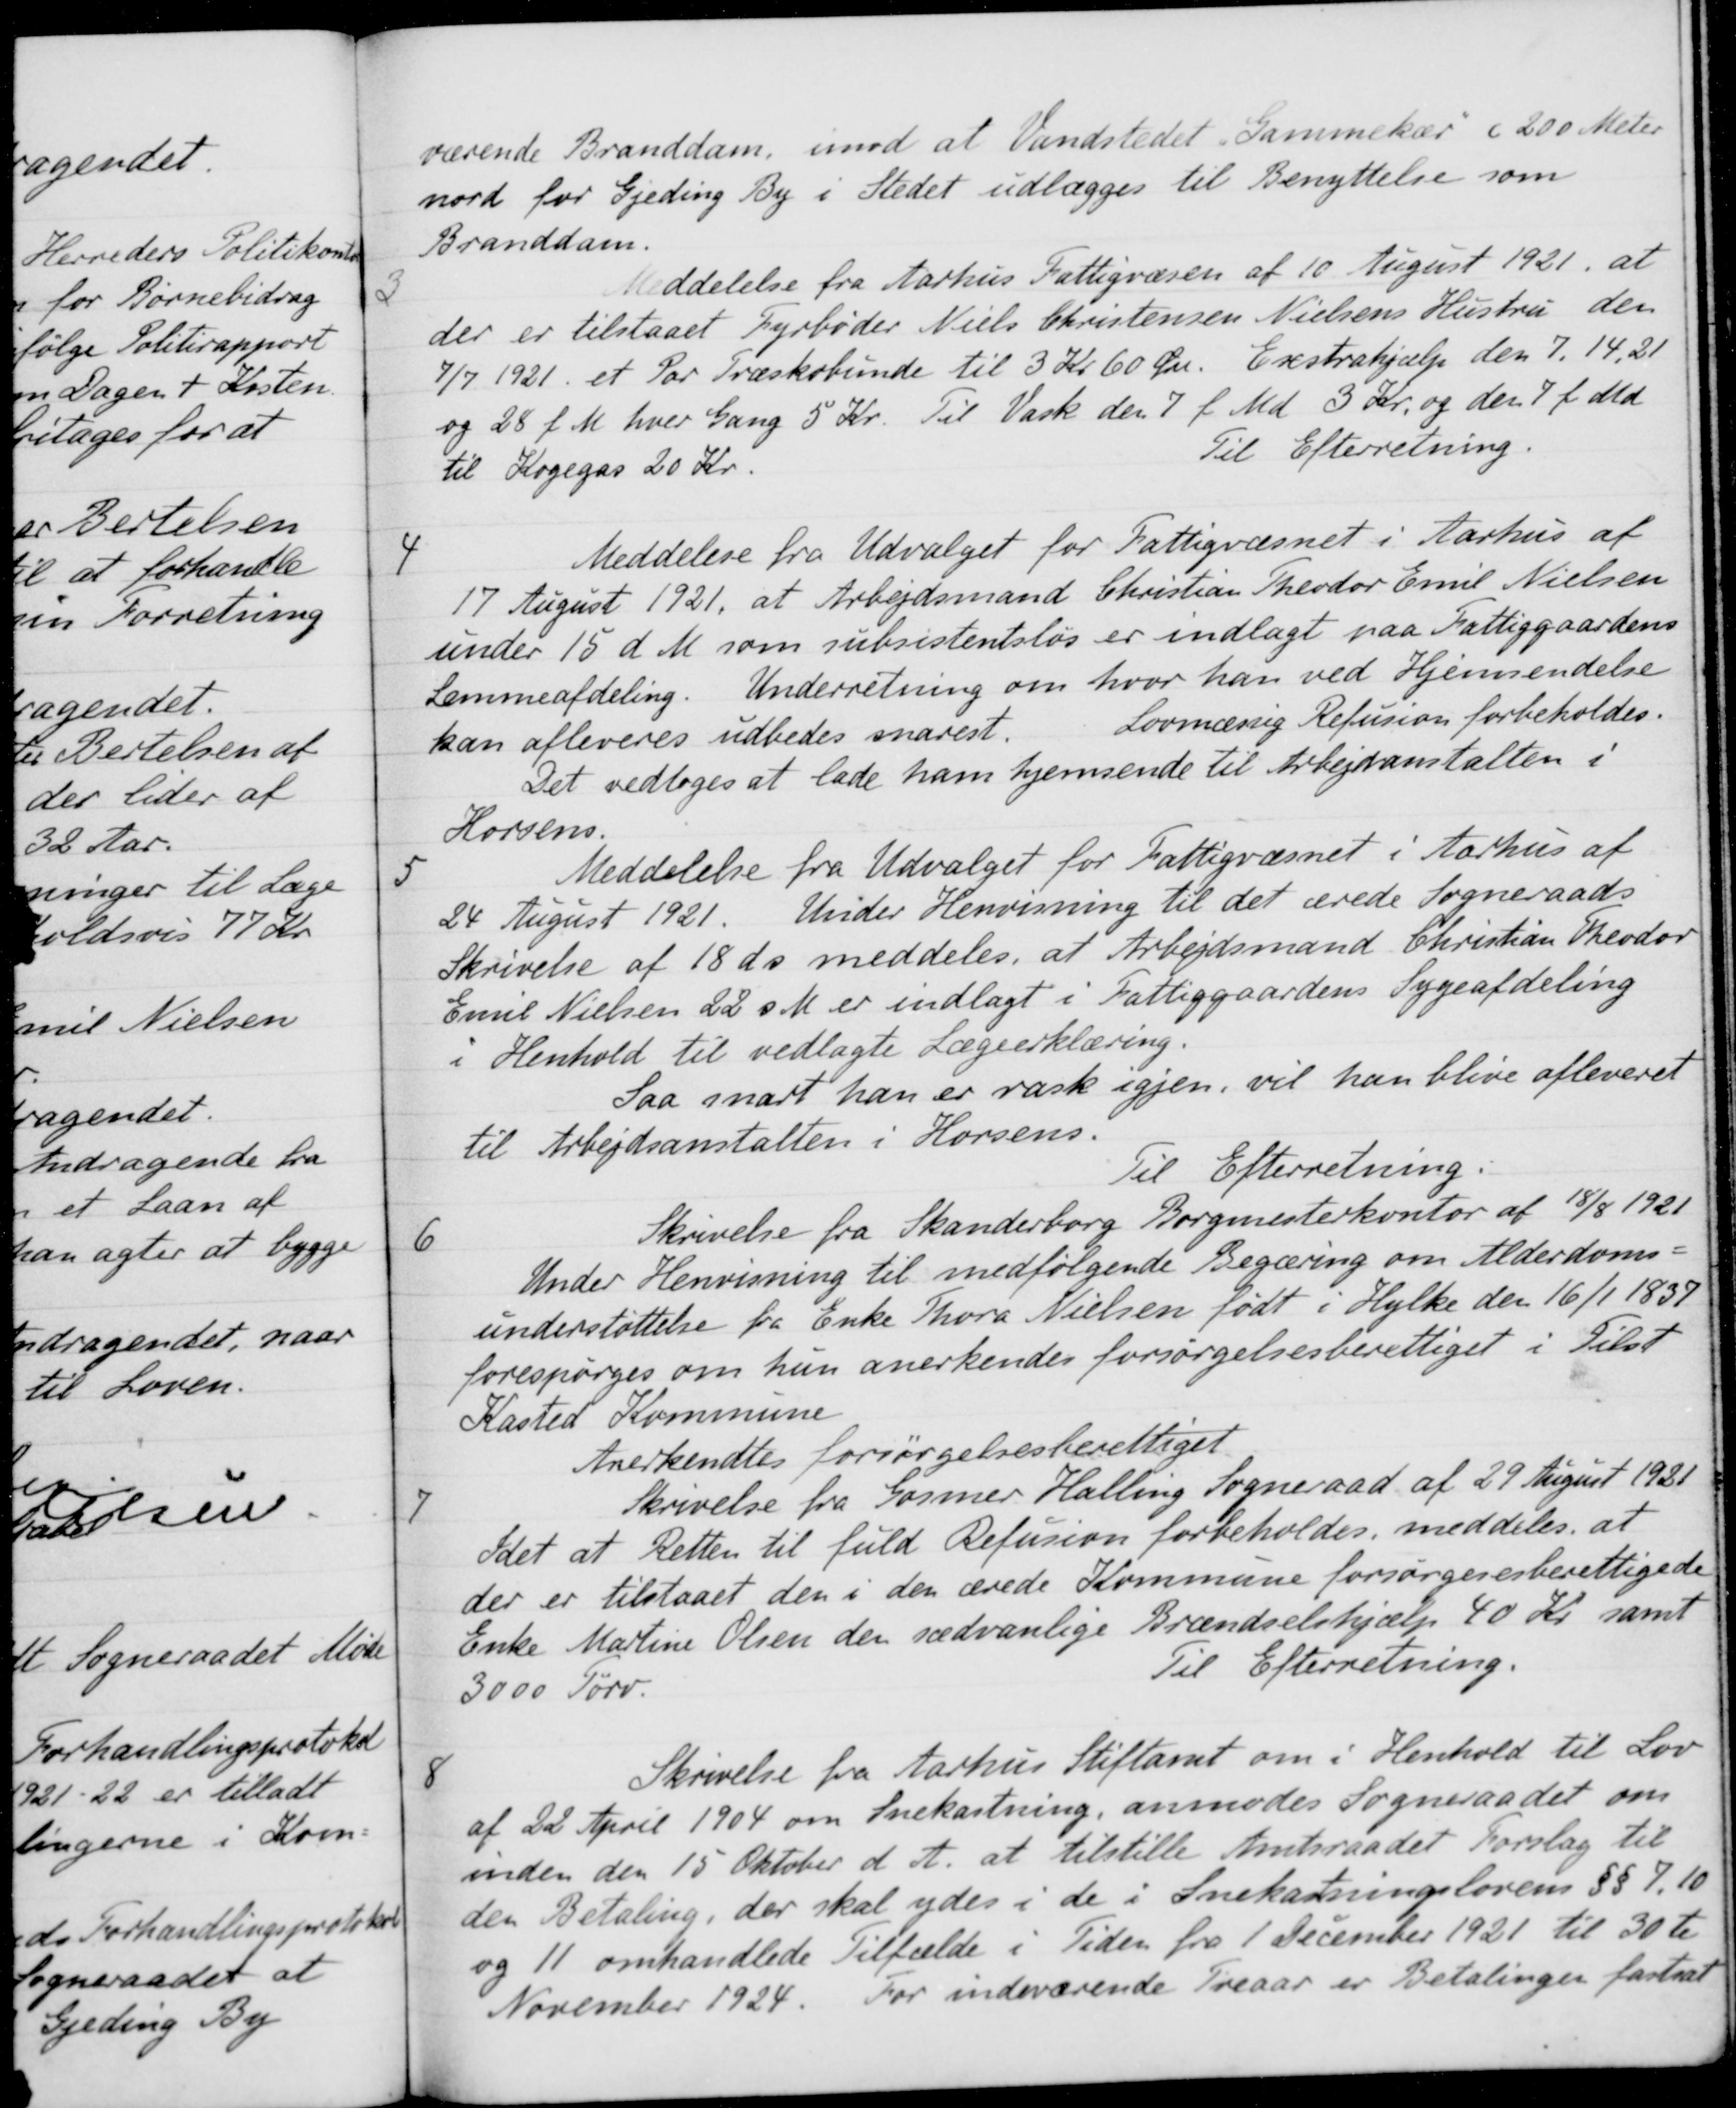
Transskription:
værende Branddam, imod at Vandstedet Sammekær c 200 Meter
nord for Gjeding By i Stedet udlægges til Benyttelse som
Branddam.
3
Meddelelse fra Aarhus Fattigvæsen af 10 August 1921, at
der er tilstaaet Fyrbøder Niels Christensen Nielsens Hustru den
9/7 1921 et Par Træskobunde til 3 Kr 60 Øre. Erstrahjælp den 7, 14,21
og 28 f. M hver Gang 5 Kr. Til Vask den 7 f. Md. 3 Kr. og den 7 f. Md.
til Kogegas 20 Kr.
Til Efterretning.
4
Meddelese fra Udvalget for Fattigvæsnet i Aarhus af
17 August 1921, at Arbejdsmand Christian Theodor Emil Nielsen
under 15 d. M. som subsistentsløs er indlagt paa Fattiggaardens
Lemmeafdeling. Underretning om hvor han ved Hjemsendelse
kan afleveres udbedes snarest.
Lovmæssig Refusion forbeholdes.
Det vedtoges at lade ham hjemsende til Arbejdsanstalten i
Horsens.
5
Meddelelse fra Udvalget for Fattigvæsnet i Aarhus af
24 August 1921. Under Henvisning til det ærede Sogneraads
Skrivelse af 18 ds meddeles, at Arbejdsmand Christian Theodor
Emil Nielsen 22 s. M. er indlagt i Fattiggaardens Sygeafdeling
i Henhold til vedlagte Lægeerklæring.
Saa snart han er rask igjen, vil han blive afleveret
til Arbejdsanstalten i Horsens.
Til Efterretning.
6
Skrivelse fra Skanderborg Borgmesterkontor af 18/8 1921
Under Henvisning til medfølgende Begæring om Alderdoms-
understøttelse fra Enke Thora Nielsen født i Hylke den 16/1 1839
forespørges om hun anerkendes forsørgelsesberettiget i Tilst
Kasted Kommune
Anerkendtes forsørgelsesberettiget
7
Skrivelse fra Gosmer Halling Sogneraad af 29 August 1921
Idet at Retten til fuld Refusion forbeholdes, meddeles, at
der er tilstaaet den i den ærede Kommune forsørgesesberettigede
Enke Martine Olsen den sædvanlige Brændselshjælp 40 Kr. samt
3000 Tørv
Til Efterretning
8
Skrivelse fra Aarhus Stiftamt om i Henhold til Lov
af 22 April 1904 om Snekastning, anmodes Sogneraadet om
inden den 15 Oktober d. A. at tilstille Amtsraadet Forslag til
den Betaling, der skal ydes i de i Snekastningslovens §§ 7.10
og 11 omhandlede Tilfælde i Tiden fra 1 December 1921 til 30te
November 1924. For indeværende Treaar er Betalinger fastsat